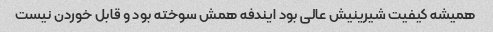
همیشه کیفیت شیرینیش عالی بود ایندفه همش سوخته بود و قابل خوردن نیست